Rae_vallavalitsus, lk 59
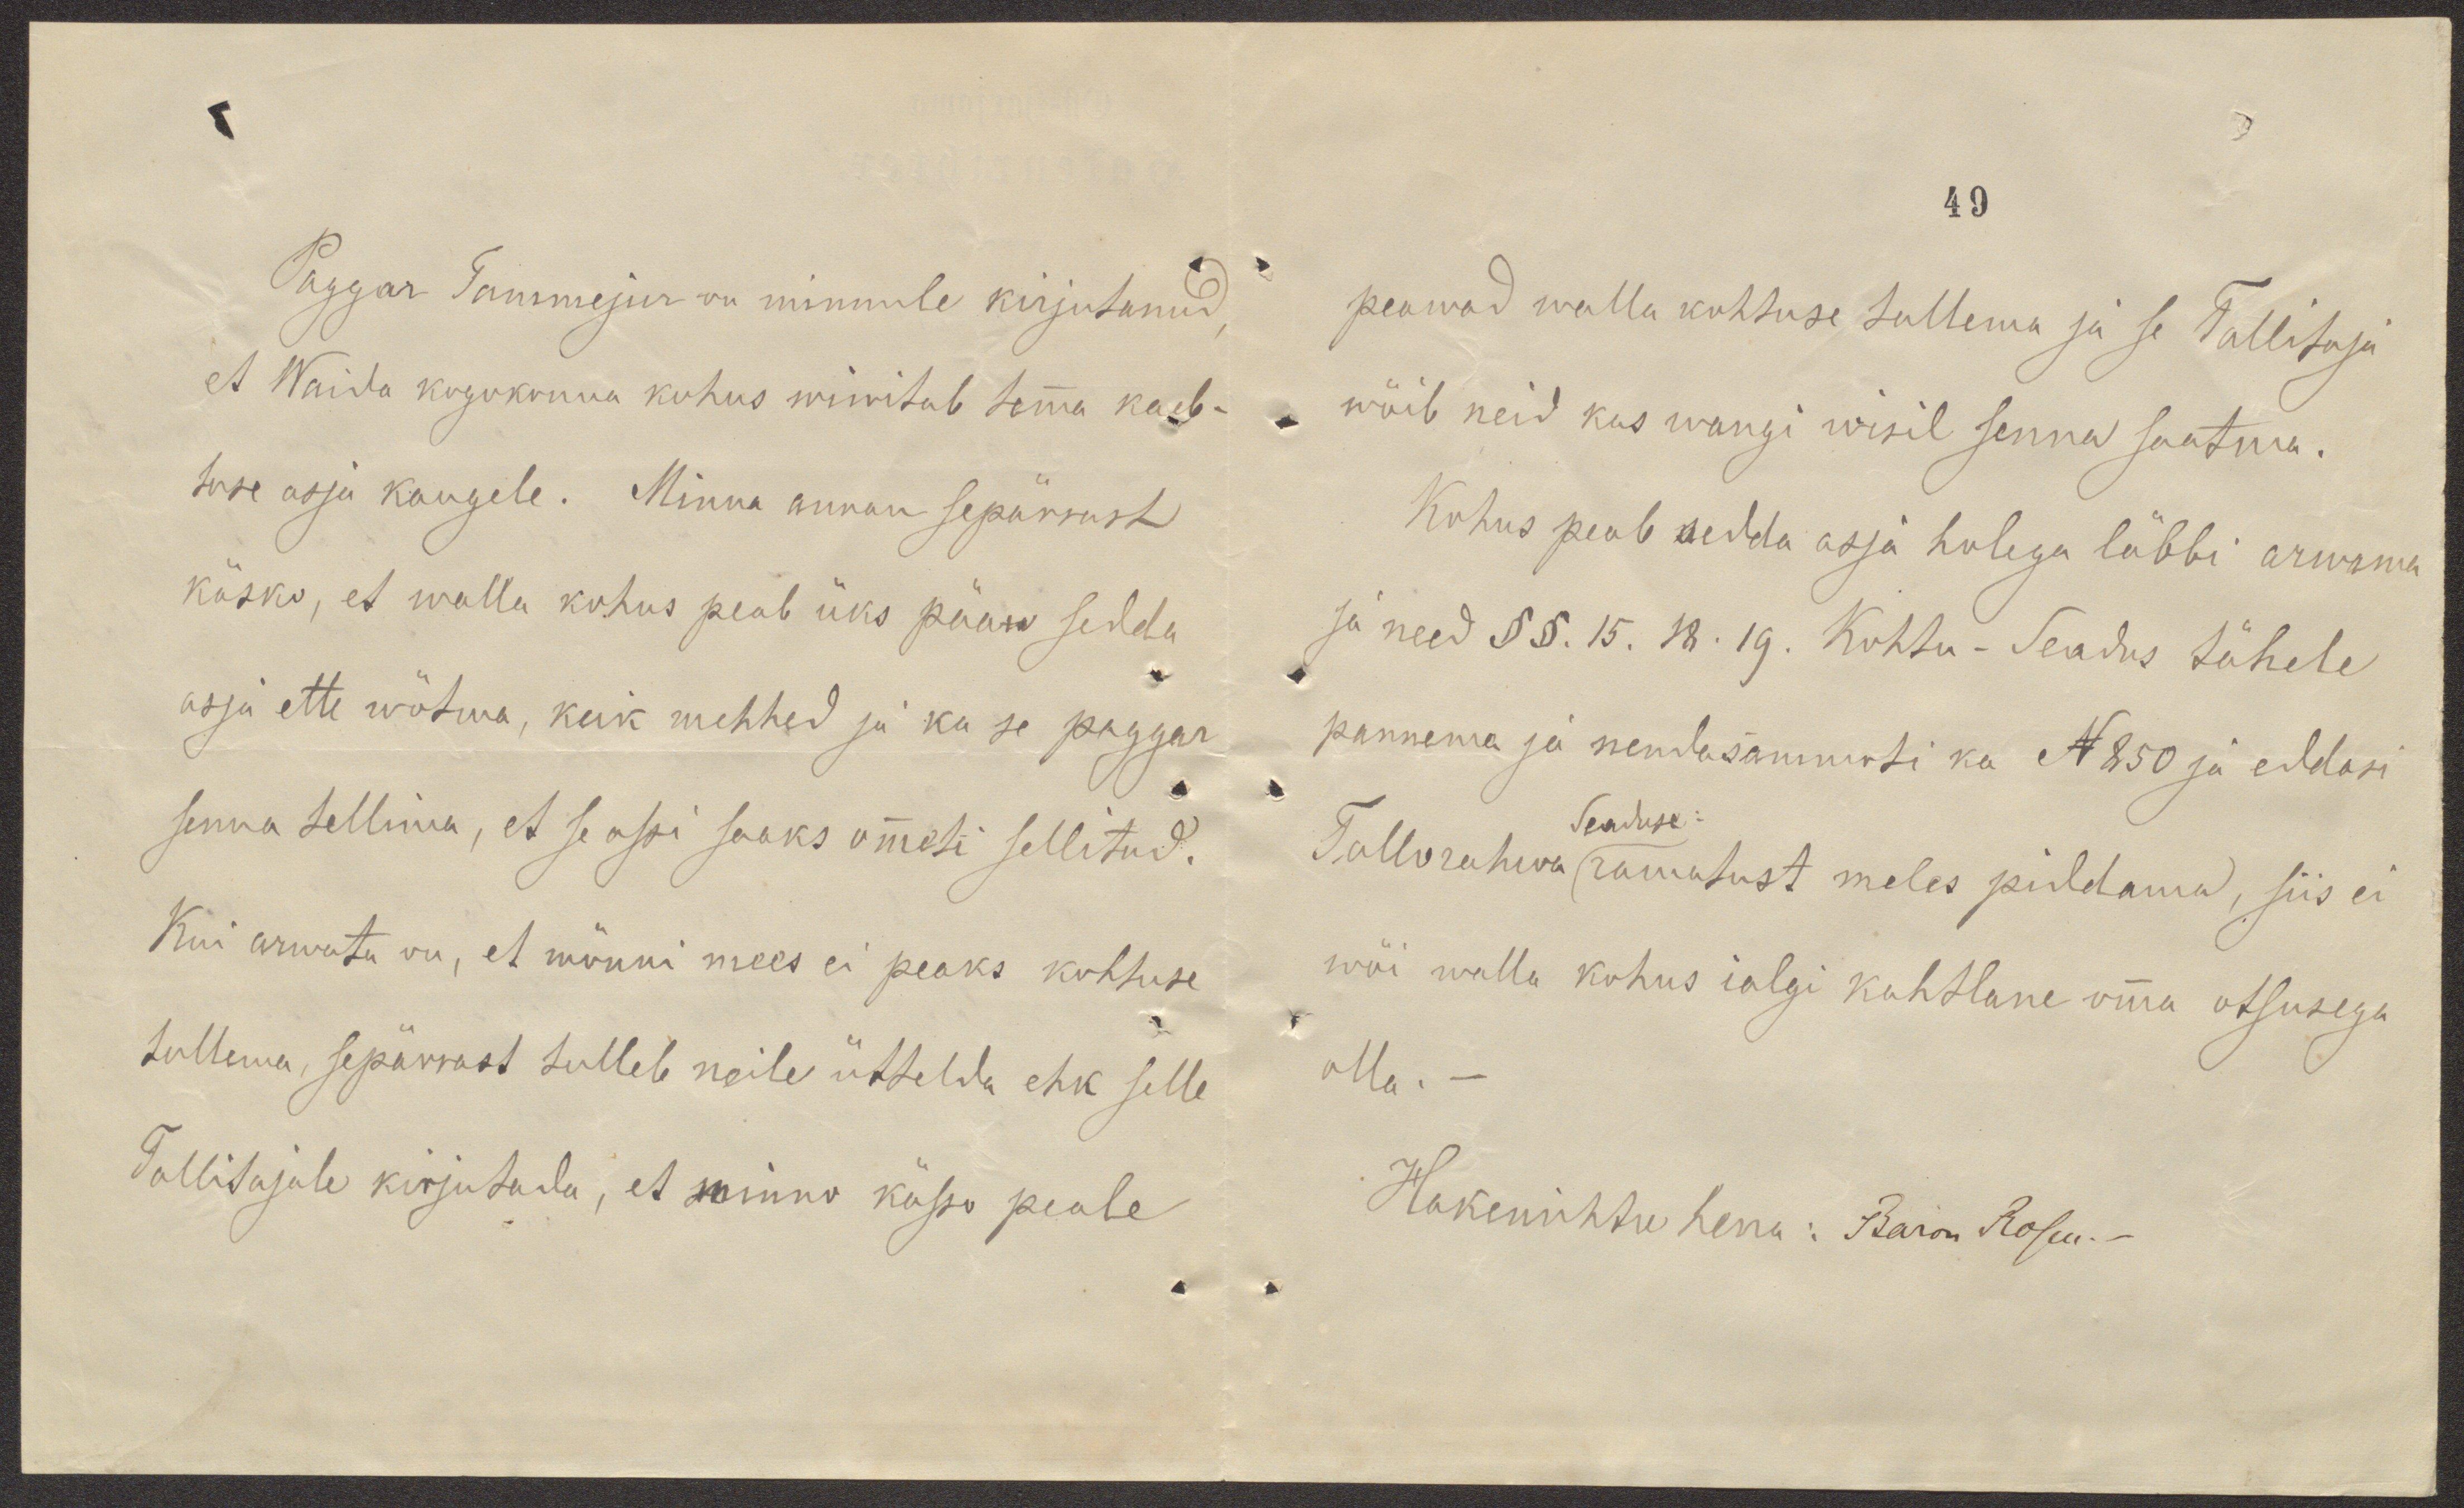
Paggar Tammejur on minnule kirjutanud,
et Waida kogokonna kohus wiwitab temma kaeb-
tuse asja kaugele. Minna annan sepärrast
käsko, et walla kohus peab üks pääw sedda
asja ette wõtma, keik mehhed ja ka se paggar
senna tellima, et se assi saaks ommeti sellitud.
Kui arwata on, et mõnni mees ei peaks kohtuse
tullema, sepärrast tulleb neile üttelda ehk selle
Tallitajale kirjutada, et minno kässo peale

49
peawad walla kohtuse tullema ja se Tallitaja
wõib neid kas wangi wisil senna saatma.
Kohus peab sedda asja holega läbbi arwama
ja need §§. 15. 18. 19. Kohtu-Seadus tähele
pannema ja nendasämmuti ka N 850 ja eddasi
Seaduse:
Tallorahwa ramatust meles pidama, siis ei
wõi walla kohus ialgi kahtlane omma otsusega
olla.-
Hakenrihtre herra: Baron Rosen. -